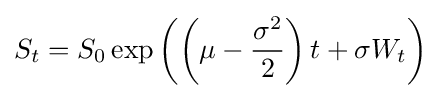
S_{t}=S_{0}\exp \left(\left(\mu -{\frac {\sigma ^{2}}{2}}\right)t+\sigma W_{t}\right)